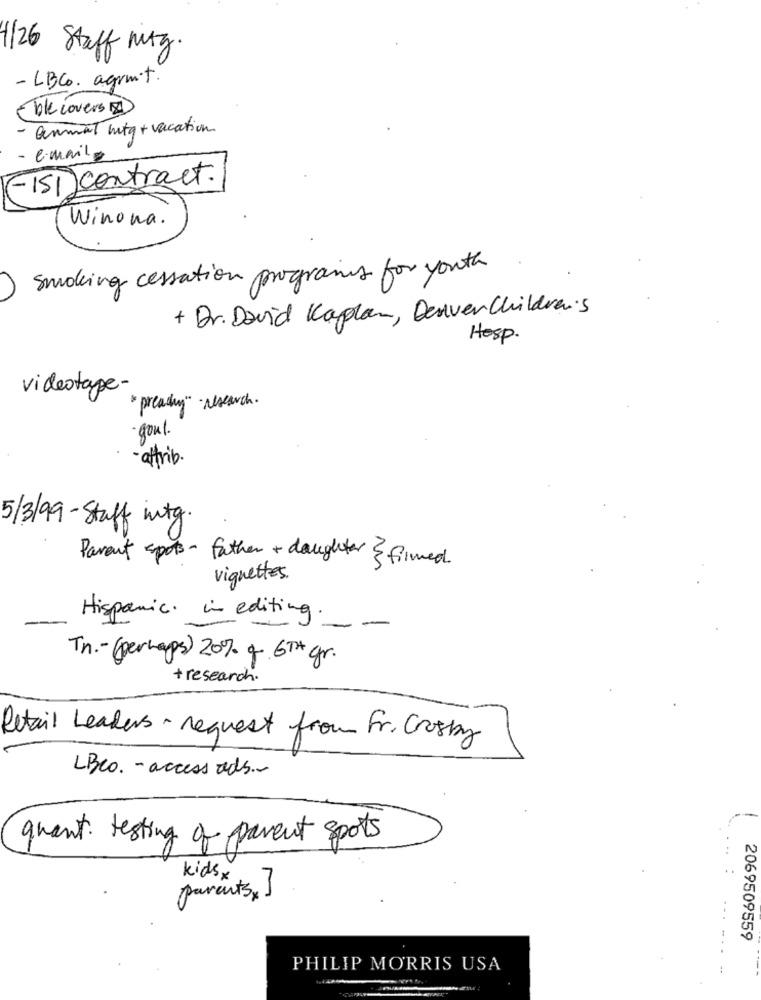
1/26 Staff Mitg.
- LBCo. agrmit.
(ble covers 2)
- Genmat mitq + vacation
e-mail
(-151) contract.
Winona.
smoking cessation programs for youth
+ Dr. David Kaplan, DenverChildren's
Hosp.
videotape-
" preachy " research .
-goul.
attrib.
5/3/99 - Staff into.
Parent spots- father + daughter & filmed.
vignettes.
Hispanic. in editing.
--
Tn .- (perhaps) 20% of 6TH gr.
+ research .
Retail Leaders- request from Fr. Crosby
LBCO. - access ads ..
quant. testing of parent spots
kidsx
parents, J
2069509559
PHILIP MORRIS USA